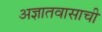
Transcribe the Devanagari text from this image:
अज्ञातवासाची